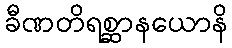
ခီဏတိရစ္ဆာနယောနိ